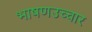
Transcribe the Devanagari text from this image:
भाषणउच्चार